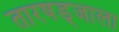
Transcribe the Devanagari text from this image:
तारषड्जाला